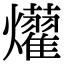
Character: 𤒽